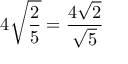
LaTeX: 4 { \sqrt { \frac { 2 } { 5 } } } = { \frac { 4 { \sqrt { 2 } } } { \sqrt { 5 } } }